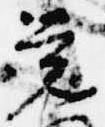
覚